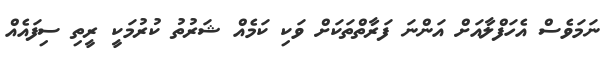
ނަމަވެސް އެހަފްލާއަށް އަންނަ ފަރާތްތަކަށް ވަކި ކަމެއް ޝަރުތު ކުރުމަކީ ރީތި ސިފައެއް